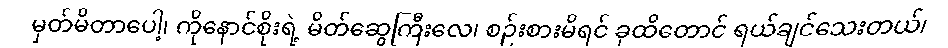
မှတ်မိတာပေါ့၊ ကိုနောင်စိုးရဲ့ မိတ်ဆွေကြီးလေ၊ စဉ်းစားမိရင် ခုထိတောင် ရယ်ချင်သေးတယ်၊